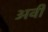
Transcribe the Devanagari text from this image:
अवी